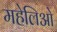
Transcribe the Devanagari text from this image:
महेलिओ